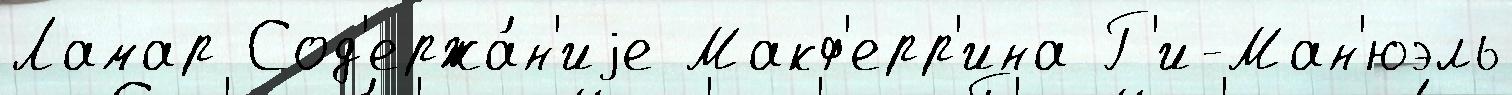
Ламар Сод'ержа́н'иjе Макф'ерр'ина Г'и-Ман'юэль